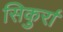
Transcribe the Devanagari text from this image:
सिकुर्रा